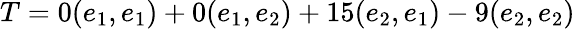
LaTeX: T=0(e_{1},e_{1})+0(e_{1},e_{2})+15(e_{2},e_{1})-9(e_{2},e_{2})